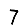
Digit: 7